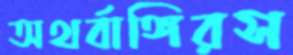
অথর্বাঙ্গিরস